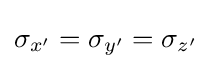
\sigma _{x'}=\sigma _{y'}=\sigma _{z'}